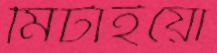
মিটাইয়ো